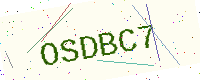
Text: OSDBC7